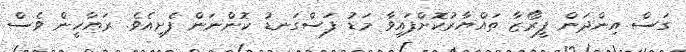
ގަސް އިންދަން ފީރޯޒާ ތައްޔާރުކޮށްފައިވާ މަޑު ފަސްގަނޑު ކޮންނަން ފެށިއެވެ. ރަޔާހީން ވެސް